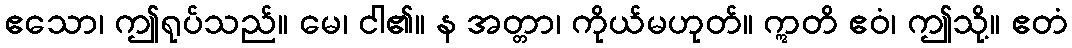
ဧသော၊ ဤရုပ်သည်။ မေ၊ ငါ၏။ န အတ္တာ၊ ကိုယ်မဟုတ်။ ဣတိ ဧဝံ၊ ဤသို့။ ဧတံ